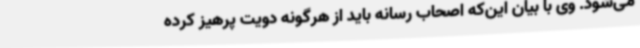
می‌شود. وی با بیان این‌که اصحاب رسانه باید از هرگونه دویت پرهیز کرده